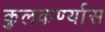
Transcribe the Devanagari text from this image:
कुलकर्ण्यास